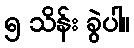
၅ သိန်း ခွဲပါ။